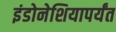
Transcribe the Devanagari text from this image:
इंडोनेशियापर्यंत